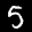
Label: 5